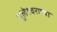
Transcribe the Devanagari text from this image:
भुलेश्वराच्या